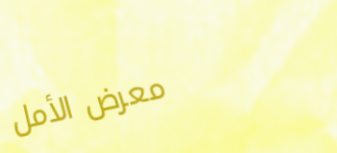
معرض الأمل